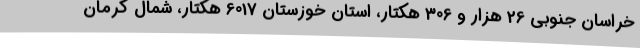
خراسان جنوبی 26 هزار و 306 هکتار، استان خوزستان 6017 هکتار، شمال کرمان